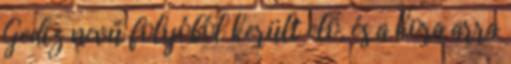
Gediz nevű folyóból került elő, és a kora arra